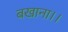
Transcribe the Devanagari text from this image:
बखाना।।